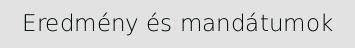
Eredmény és mandátumok